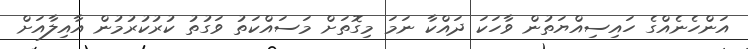
އަންހެނެއްގެ ހައިސިއްޔަތުން ވާހަކަ ދައްކާ ނަމަ މިގޮތަށް މަސައްކަތު ވަގުތު ކުރުކުރުމުން އާއިލާއަށް